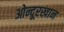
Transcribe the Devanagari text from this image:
ओन्दूरखान